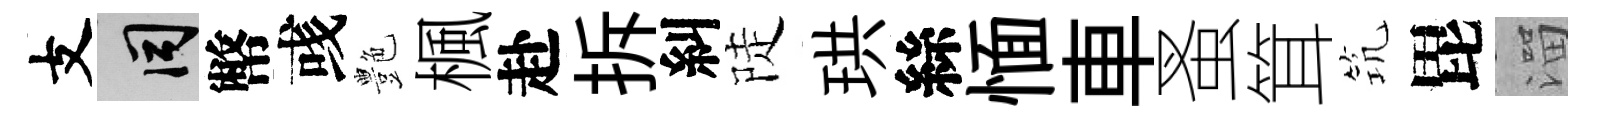
支间幣彧艶楓赴拆糾陡珙絲愐車蚤䇯𥬑毘溜